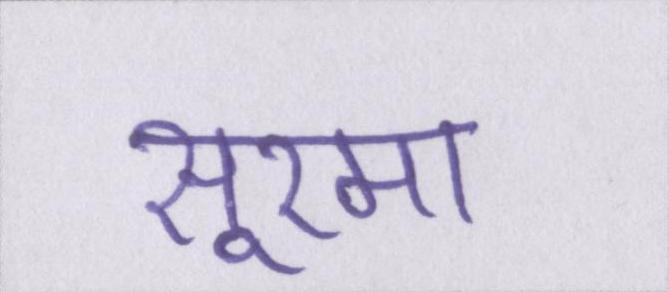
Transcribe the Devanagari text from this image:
सूरमा